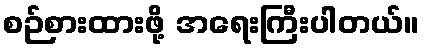
စဉ်စားထားဖို့ အရေးကြီးပါတယ်။